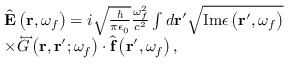
\begin{array} { r l } & { \hat { \mathbf { E } } \left( \mathbf { r } , \omega _ { f } \right) = i \sqrt { \frac { \hbar } { \pi \epsilon _ { 0 } } } \frac { \omega _ { f } ^ { 2 } } { c ^ { 2 } } \int d \mathbf { r } ^ { \prime } \sqrt { \mathrm { I m } \epsilon \left( \mathbf { r } ^ { \prime } , \omega _ { f } \right) } } \\ & { \times \overleftrightarrow { G } \left( \mathbf { r } , \mathbf { r } ^ { \prime } ; \omega _ { f } \right) \cdot \hat { \mathbf { f } } \left( \mathbf { r } ^ { \prime } , \omega _ { f } \right) , } \end{array}